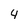
Character: 4